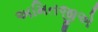
અમિતજીએ